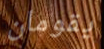
يقومان